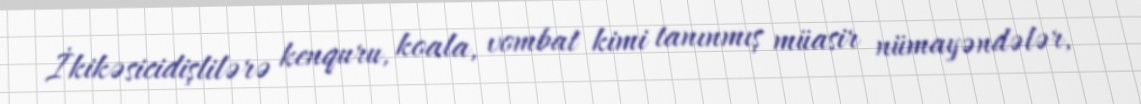
İkikəsicidişlilərə kenquru, koala, vombat kimi tanınmış müasir nümayəndələr,